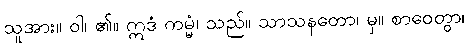
သူအား။ ဝါ၊ ၏။ ဣဒံ ကမ္မံ၊ သည်။ သာသနတော၊ မှ။ စာဝေတွာ၊